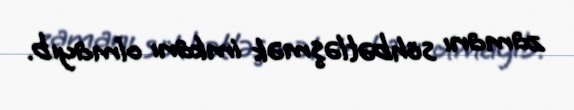
zamanı söhbətləşmək imkanı olmayıb.